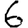
Digit: 6